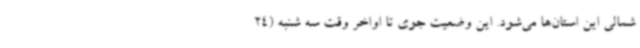
شمالی این استان‌ها می‌شود. این وضعیت جوی تا اواخر وقت سه شنبه (24